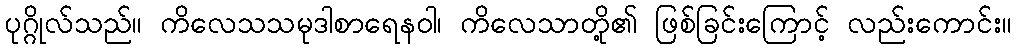
ပုဂ္ဂိုလ်သည်။ ကိလေသသမုဒါစာရေနဝါ၊ ကိလေသာတို့၏ ဖြစ်ခြင်းကြောင့် လည်းကောင်း။